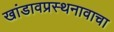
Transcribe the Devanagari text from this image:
खांडावप्रस्थनावाचा